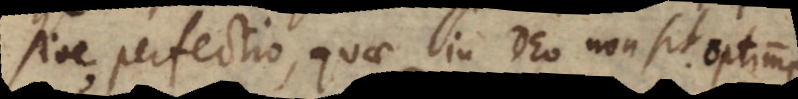
sive perfectio, quae in Deo non sit. Est